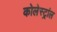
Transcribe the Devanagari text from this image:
कोलेस्ट्रांल